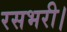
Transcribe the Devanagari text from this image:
रसभरी।